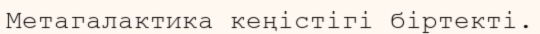
Метагалактика кеңістігі біртекті.